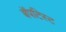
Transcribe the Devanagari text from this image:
बॅपटिस्ट